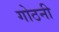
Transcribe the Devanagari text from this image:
गोठनी